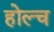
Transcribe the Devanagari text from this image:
होल्च